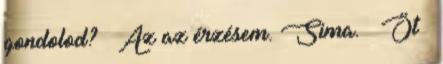
gondolod? – Az az érzésem. Sima. – Öt –